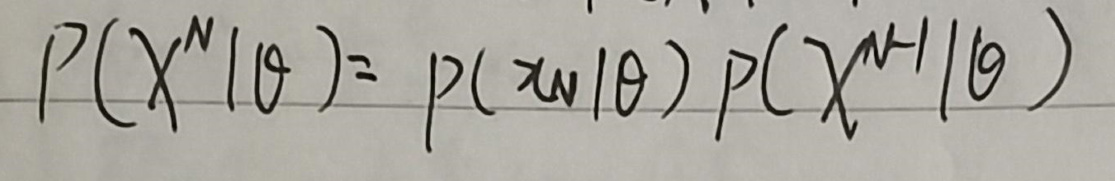
\[P(X^N|\theta)=P(x_N|\theta)P(X^{N - 1}|\theta)\]